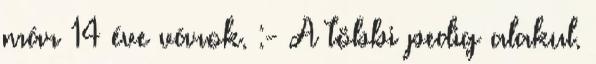
már 14 éve várok. :- A többi pedig alakul.